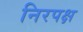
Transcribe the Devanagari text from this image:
निरपक्ष